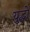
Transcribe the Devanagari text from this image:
यु्द्धों